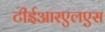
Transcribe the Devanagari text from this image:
टीईआरएलएस